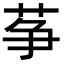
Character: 𦱊